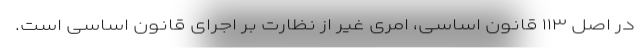
در اصل ۱۱۳ قانون اساسی، امری غیر از نظارت بر اجرای قانون اساسی است.